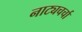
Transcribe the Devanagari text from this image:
नाट्यचर्चा